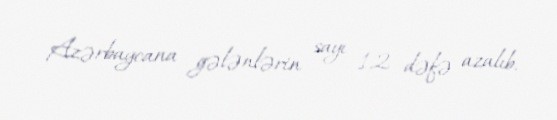
Azərbaycana gələnlərin sayı 1,2 dəfə azalıb.